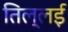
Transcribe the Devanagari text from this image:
तिल्लई